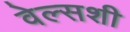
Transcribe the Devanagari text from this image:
वेल्सशी